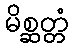
မိစ္ဆတ္တံ